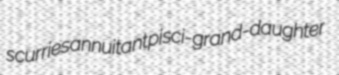
scurries annuitant pisci- grand-daughter